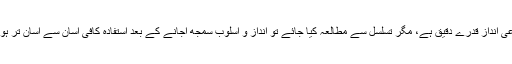
تفسیر کا مجموعی انداز قدرے دقیق ہے، مگر تسلسل سے مطالعہ کیا جائے تو انداز و اسلوب سمجھ آجانے کے بعد استفادہ کافی آسان سے آسان تر ہوتا چلا جاتا ہے۔